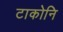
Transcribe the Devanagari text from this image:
टाकोनि